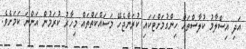
އަދި އިސްލާމު ކުލާސްތައް ހިންގުމަށްޓަކައި ކުރަންޖެހޭ މަސައްކަތްތައް މިހާރު ކުރަމުން އަންނަ ކަމަށެވެ.